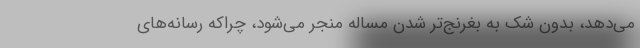
می‌دهد، بدون شک به بغرنج‌تر شدن مساله منجر می‌شود، چراکه رسانه‌های